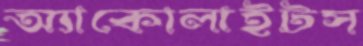
অ্যাকোলাইটস